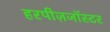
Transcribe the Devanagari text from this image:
हरपीज़जॉस्टर